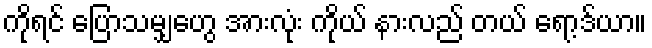
ကိုရင် ပြောသမျှဟွေ အားလုံး ကိုယ် နားလည် တယ် ရော့ဒ်ယာ။